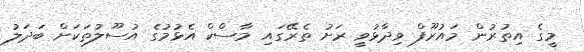
މީގެ އިތުރުން މައުރޫފް ވިދާޅުވީ ރަށު ތެރޭގައި މާސްކް އެޅުމުގެ އުސޫލުތަކަށް ބަދަލު